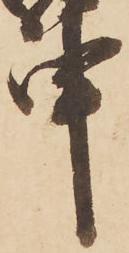
申